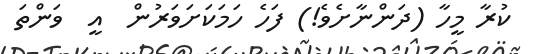
ކުރާ މީހާ (ދަންނާށެވެ!) ފަހެ ހަމަކަށަވަރުން  އީ  ވަންތަ